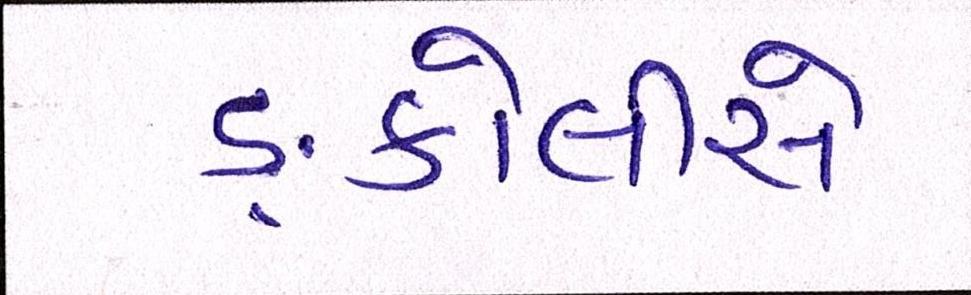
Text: ઙ્કોલીસે